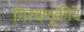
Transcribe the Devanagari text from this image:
मिरवणूकीने